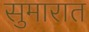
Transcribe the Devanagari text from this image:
सुमारात